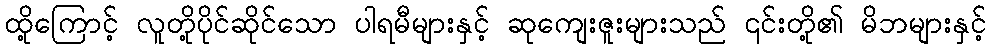
ထို့ကြောင့် လူတို့ပိုင်ဆိုင်သော ပါရမီများနှင့် ဆုကျေးဇူးများသည် ၎င်းတို့၏ မိဘများနှင့်